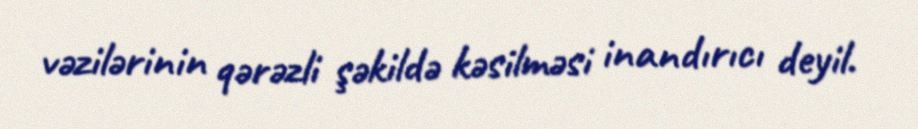
vəzilərinin qərəzli şəkildə kəsilməsi inandırıcı deyil.